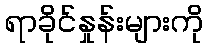
ရာခိုင်နှုန်းများကို